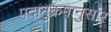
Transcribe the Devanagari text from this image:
पदानुक्रमानुसार